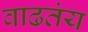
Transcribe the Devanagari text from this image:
वाढतंय